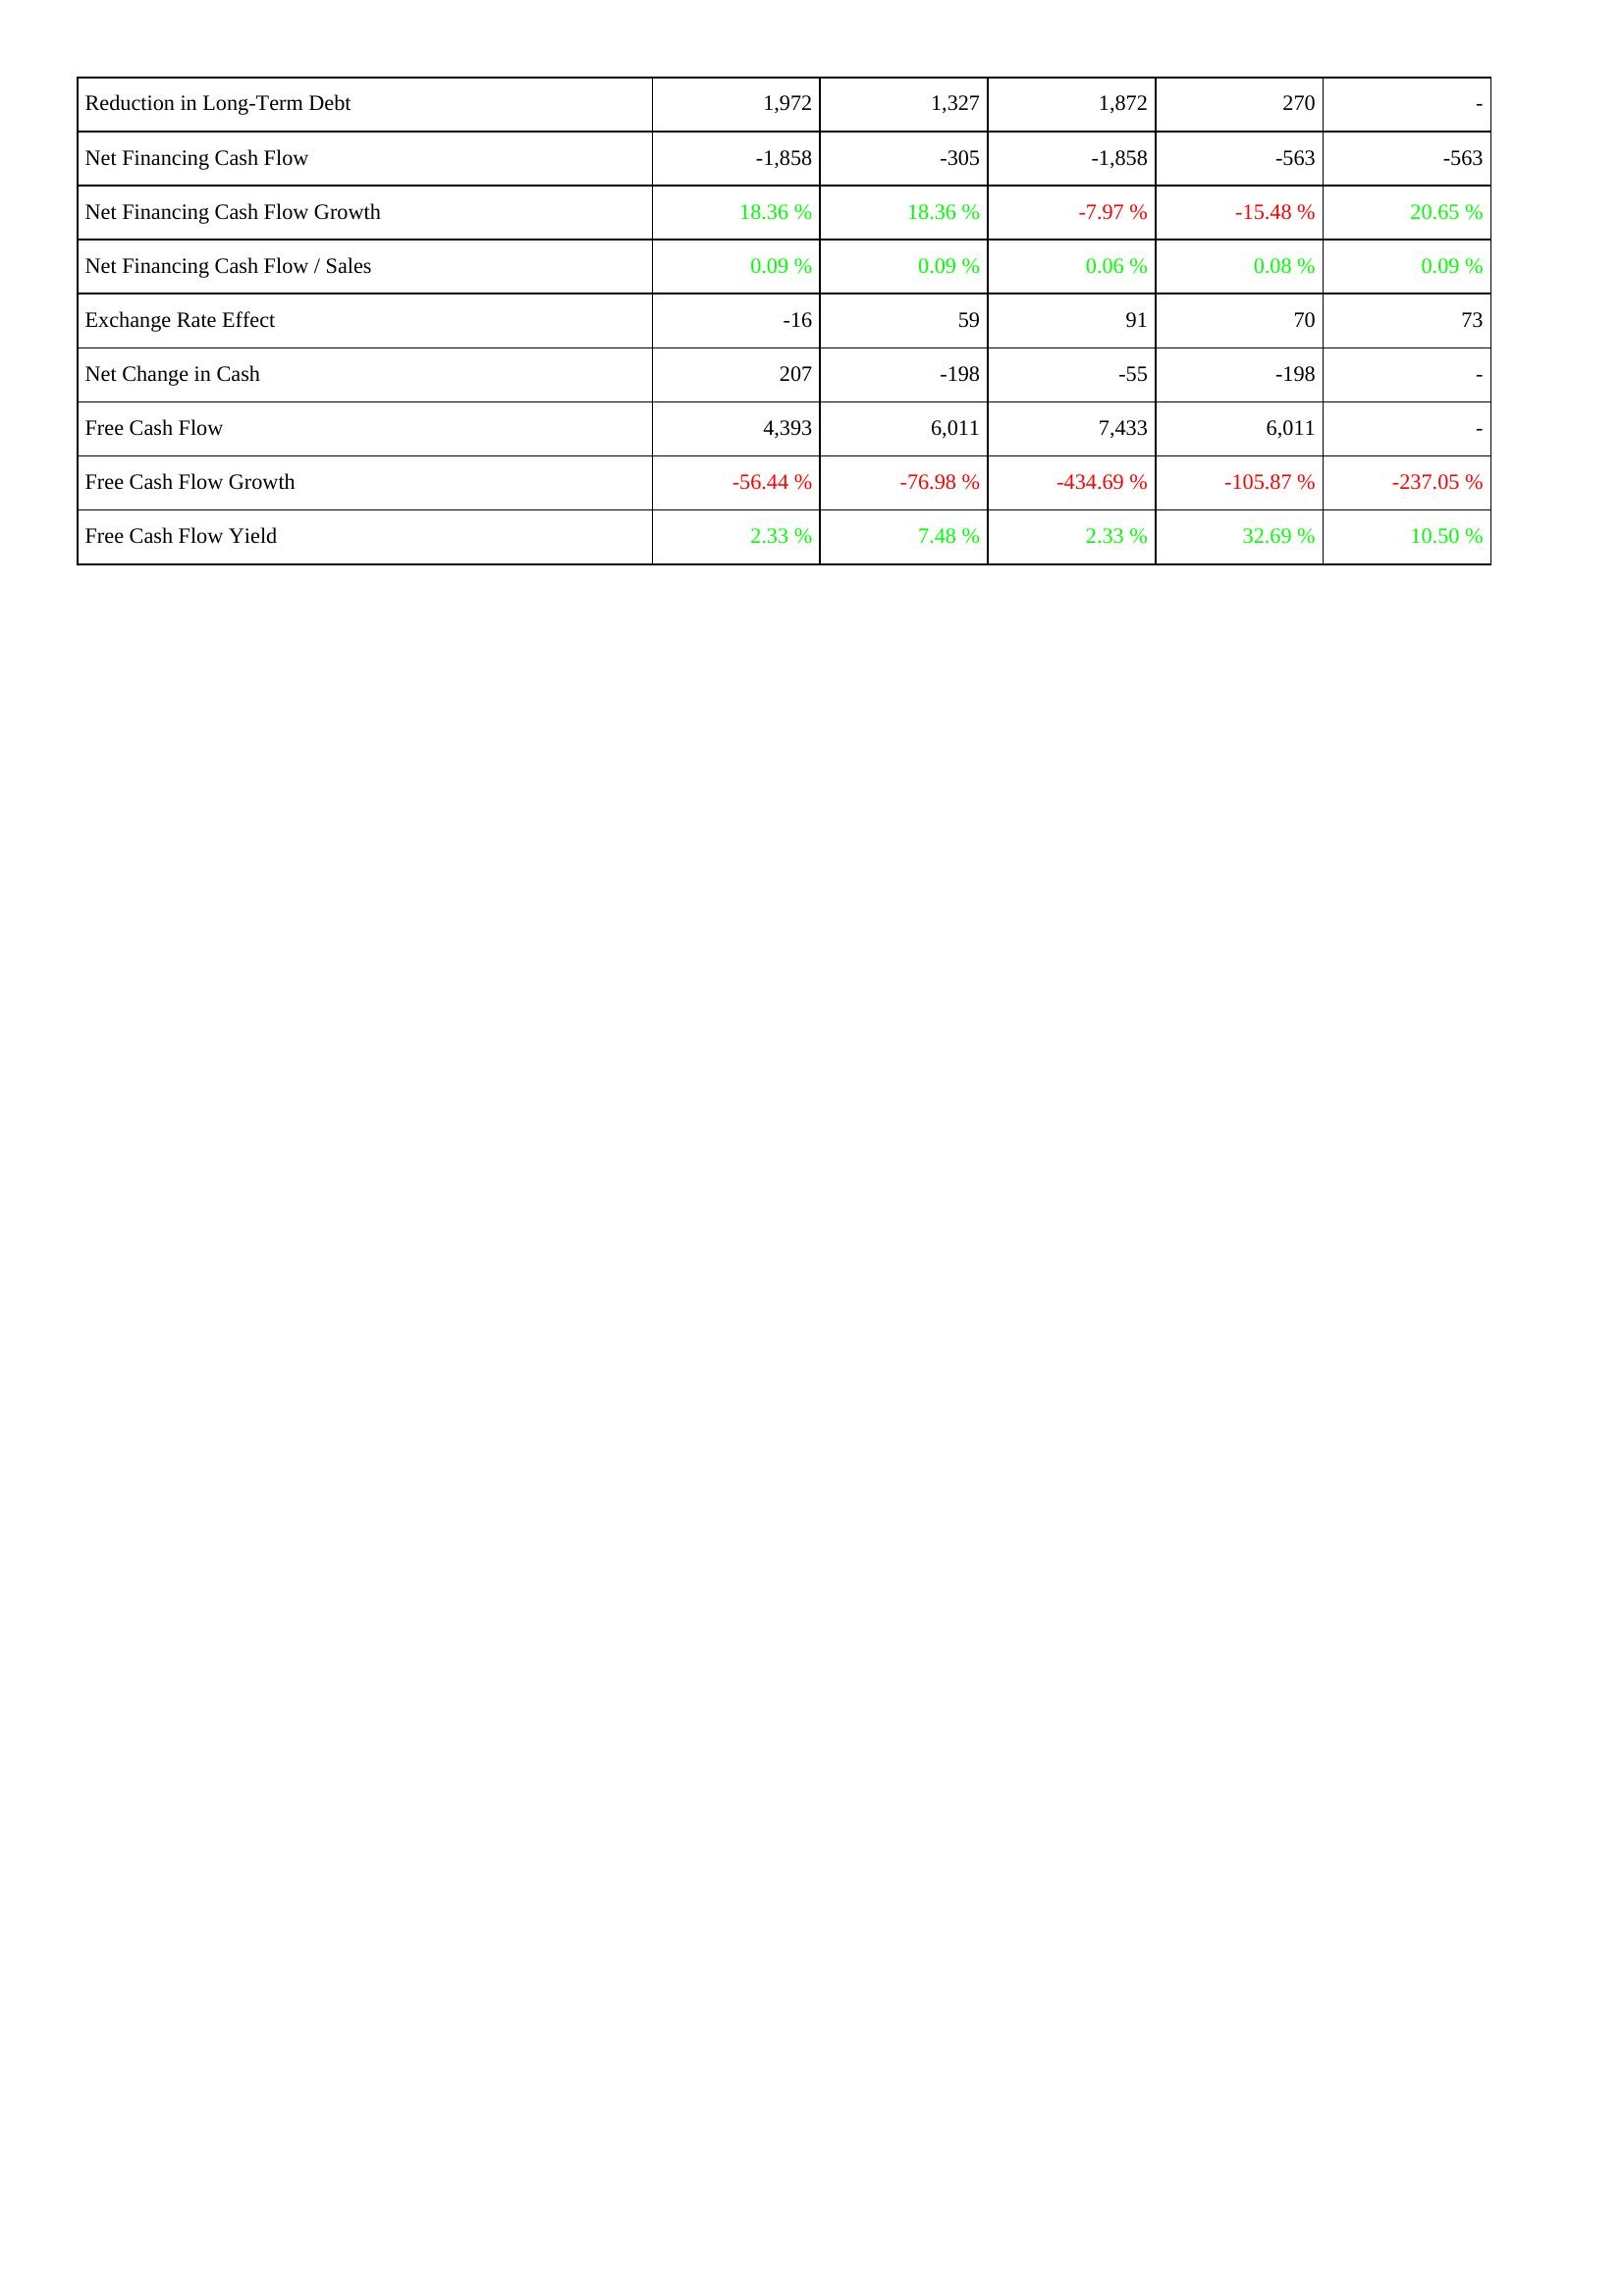
2011: Financing Activities: Reduction in Long-Term Debt: 1,972
Net Financing Cash Flow: -1,858
Net Financing Cash Flow Growth: 18.36 %
Net Financing Cash Flow / Sales: 0.09 %
Exchange Rate Effect: -16
Net Change in Cash: 207
Free Cash Flow: 4,393
Free Cash Flow Growth: -56.44 %
Free Cash Flow Yield: 2.33 %
2012: Financing Activities: Reduction in Long-Term Debt: 1,327
Net Financing Cash Flow: -305
Net Financing Cash Flow Growth: 18.36 %
Net Financing Cash Flow / Sales: 0.09 %
Exchange Rate Effect: 59
Net Change in Cash: -198
Free Cash Flow: 6,011
Free Cash Flow Growth: -76.98 %
Free Cash Flow Yield: 7.48 %
2013: Financing Activities: Reduction in Long-Term Debt: 1,872
Net Financing Cash Flow: -1,858
Net Financing Cash Flow Growth: -7.97 %
Net Financing Cash Flow / Sales: 0.06 %
Exchange Rate Effect: 91
Net Change in Cash: -55
Free Cash Flow: 7,433
Free Cash Flow Growth: -434.69 %
Free Cash Flow Yield: 2.33 %
2014: Financing Activities: Reduction in Long-Term Debt: 270
Net Financing Cash Flow: -563
Net Financing Cash Flow Growth: -15.48 %
Net Financing Cash Flow / Sales: 0.08 %
Exchange Rate Effect: 70
Net Change in Cash: -198
Free Cash Flow: 6,011
Free Cash Flow Growth: -105.87 %
Free Cash Flow Yield: 32.69 %
2015: Financing Activities: Reduction in Long-Term Debt: -
Net Financing Cash Flow: -563
Net Financing Cash Flow Growth: 20.65 %
Net Financing Cash Flow / Sales: 0.09 %
Exchange Rate Effect: 73
Net Change in Cash: -
Free Cash Flow: -
Free Cash Flow Growth: -237.05 %
Free Cash Flow Yield: 10.50 %